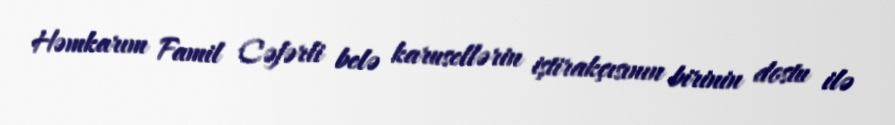
Həmkarım Famil Cəfərli belə karusellərin iştirakçısının birinin dostu ilə